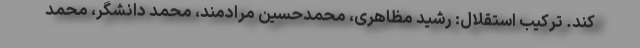
کند. ترکیب استقلال: رشید مظاهری، محمدحسین مرادمند، محمد دانشگر، محمد